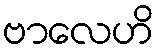
ဗာလေဟိ